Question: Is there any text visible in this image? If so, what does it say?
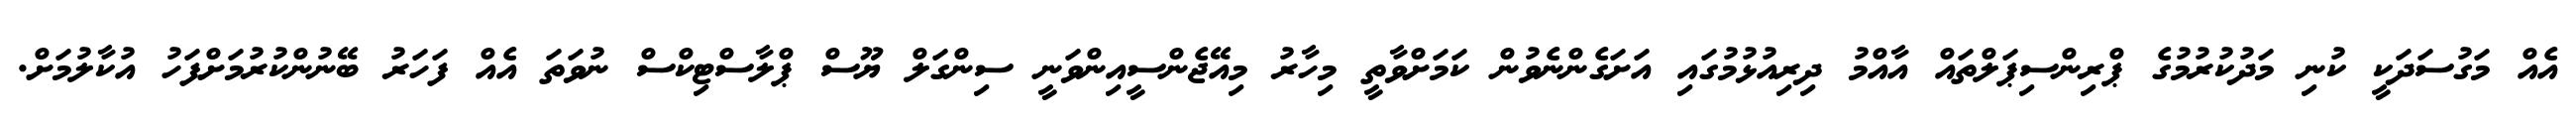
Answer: އެއް މަގުސަދަކީ ކުނި މަދުކުރުމުގެ ޕްރިންސިޕަލްތައް އާއްމު ދިރިއުޅުމުގައި އަށަގެންނެވުން ކަމަށްވާތީ މިހާރު މިއޭޖެންސީއިންވަނީ ސިންގަލް ޔޫސް ޕްލާސްޓިކްސް ނުވަތަ އެއް ފަހަރު ބޭނުންކުރުމަށްފަހު އުކާލުމަށް.